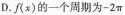
D. f(x)的一个周期为-2\pi